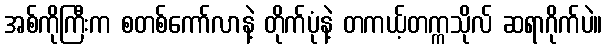
အစ်ကိုကြီးက စတစ်ကော်လာနဲ့ တိုက်ပုံနဲ့ တကယ့်တက္ကသိုလ် ဆရာဂိုက်ပဲ။